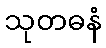
သုတဓနံ